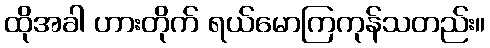
ထိုအခါ ဟားတိုက် ရယ်မောကြကုန်သတည်း။